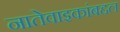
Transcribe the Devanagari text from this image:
नातेवाइकांबद्दल